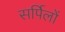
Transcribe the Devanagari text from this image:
सर्पिलों